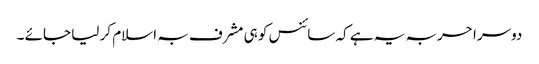
دوسرا حربہ یہ ہے کہ سائنس کو ہی مشرف بہ اسلام کر لیا جائے ۔